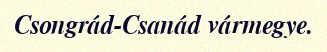
Csongrád-Csanád vármegye.